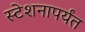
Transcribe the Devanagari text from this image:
स्टेशनापर्यंत